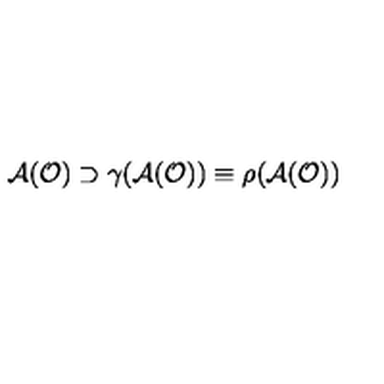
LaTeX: { \cal A } ( { \cal O } ) \supset \gamma ( { \cal A } ( { \cal O } ) ) \equiv \rho ( { \cal A } ( { \cal O } ) )